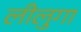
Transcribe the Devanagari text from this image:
लीलुगा